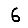
Digit: 6